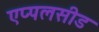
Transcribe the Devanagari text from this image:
एप्पलसीड